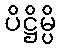
ပိဋ္ဌိမ္ပိ